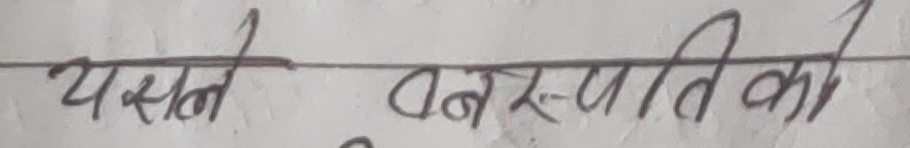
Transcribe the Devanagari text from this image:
यसले वनस्पतिको